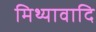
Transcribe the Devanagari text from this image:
मिथ्यावादि